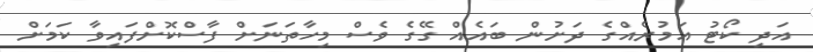
އަދި ކޯޓު އަމުރެއްގެ ދަށުން ބައެއް ގޭގެ ވެސް މިހާތަނަށް ފާސްކޮށްފައިވާ ކަމަށް